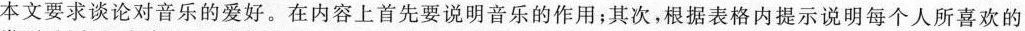
本文要求谈论对音乐的爱好。在内容上首先要说明音乐的作用；其次，根据表格内提示说明每个人所喜欢的